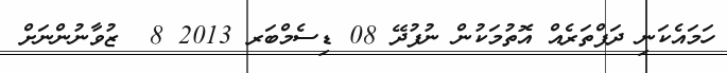
ހަމައެކަނި ދަފްތަރެއް އޮތުމަކުން ނުފުދޭ 08 ޑިސެމްބަރ 2013 8  ޒުވާނުންނަށް